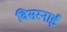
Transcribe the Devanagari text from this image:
विसरनाई